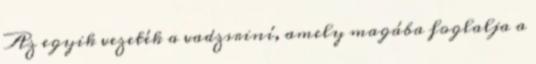
Az egyik vezeték a vadzsriní, amely magába foglalja a